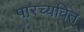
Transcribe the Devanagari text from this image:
पारच्यवित